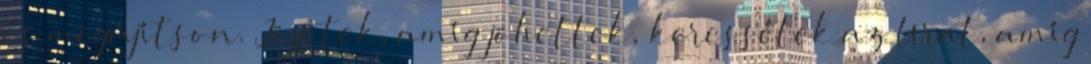
és megújítson. Jöjjetek, amíg jöhettek, keressétek az Urat, amíg